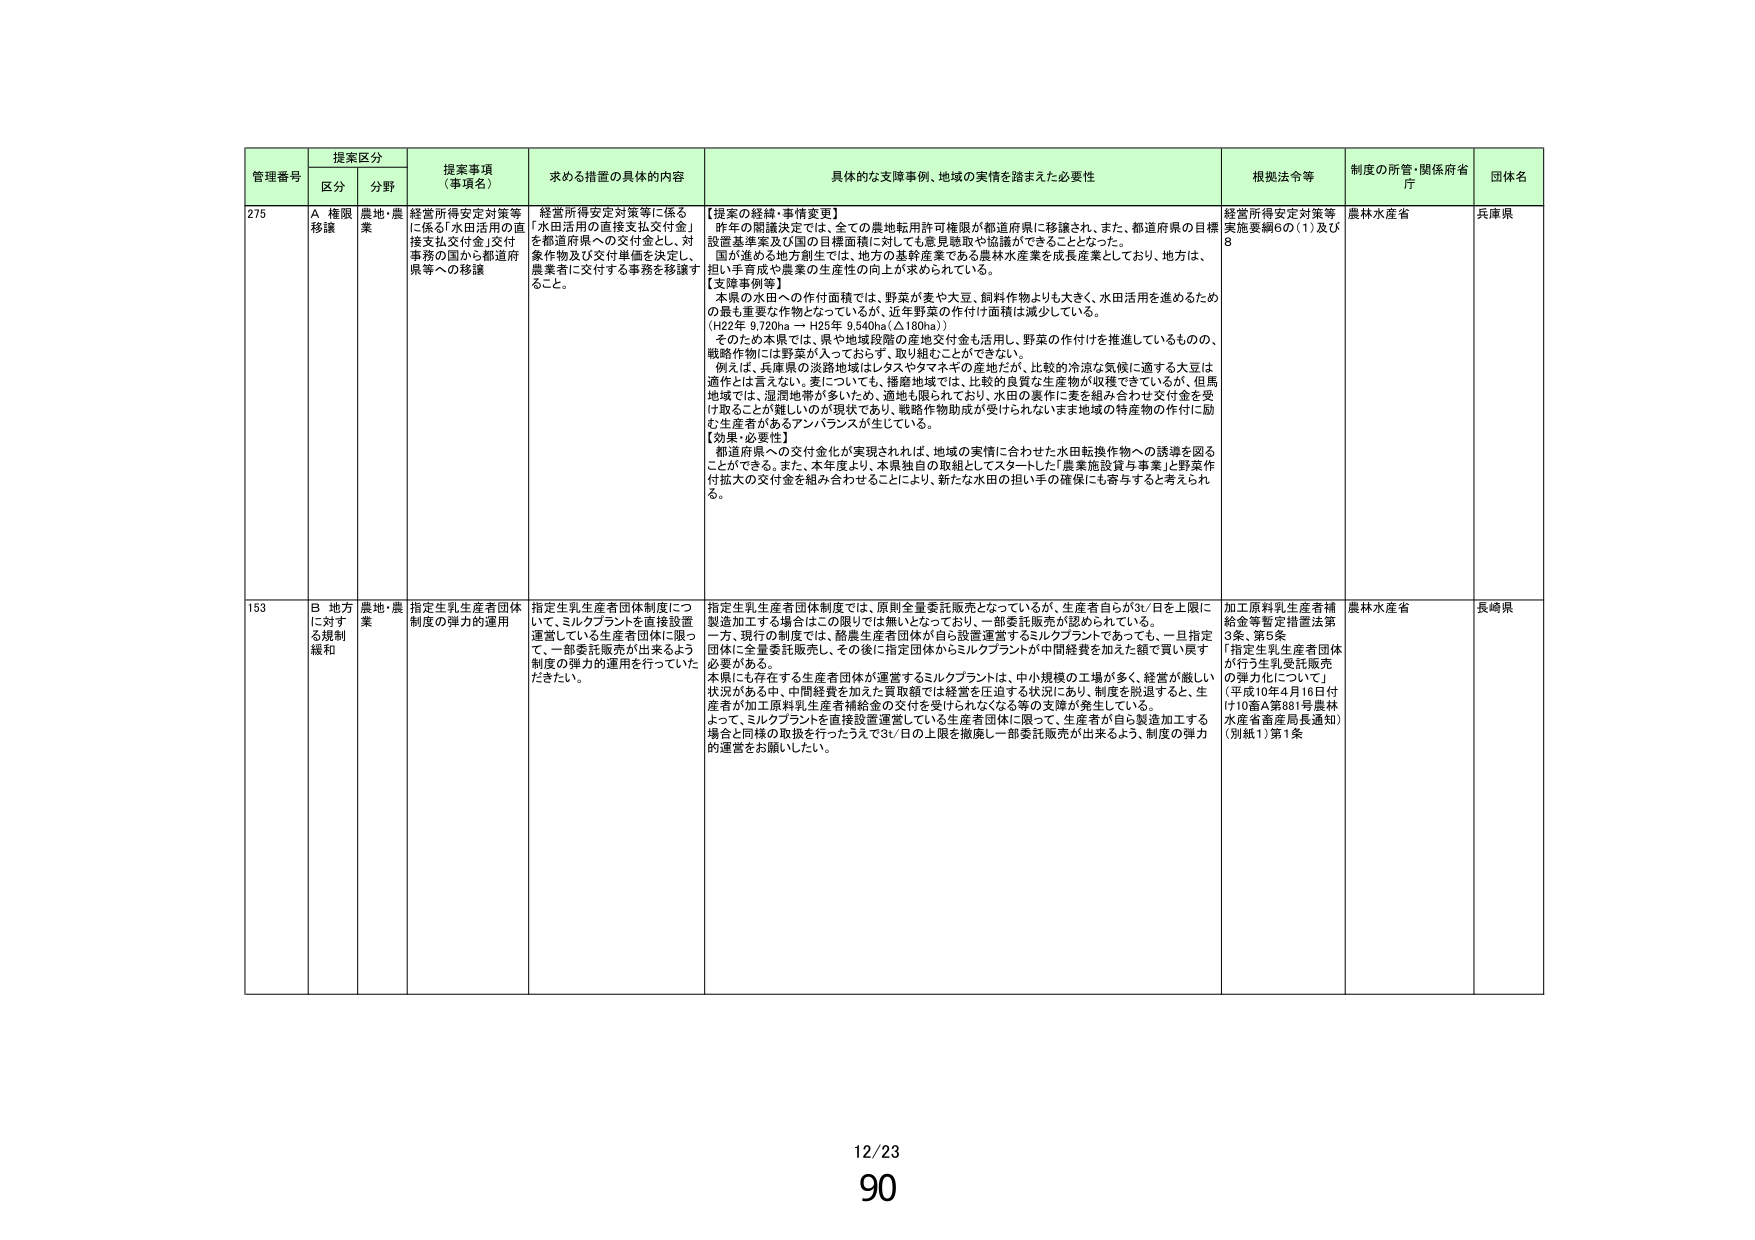
管理番号 提案区分 提案事項（事項名） 求める措置の具体的内容 具体的な支障事例、地域の実情を踏まえた必要性 根拠法令等 制度の所管・関係府省庁 団体名
区分 分野
275 A 権限移譲 農地・農業 経営所得安定対策等に係る「水田活用の直接支払交付金」を都道府県への交付金とし、対象作物及び交付単価を決定し、農業者に交付する事務を移譲すること。 経営所得安定対策等に係る「水田活用の直接支払交付金」を都道府県への交付金とし、対象作物及び交付単価を決定し、農業者に交付する事務を移譲すること。 【提案の経緯・事情変更】
昨年の閣議決定では、全ての農地転用許可権限が都道府県に移譲され、また、都道府県の目標設置基準案及び国の目標面積に対しても意見聴取や協議ができることとなった。
国が進める地方創生では、地方の基幹産業である農林水産業を成長産業としており、地方は、担い手育成や農業の生産性の向上が求められている。
【支障事例等】
本県の水田への作付面積では、野菜が麦や大豆、飼料作物よりも大きく、水田活用を進めるための最も重要な作物となっているが、近年野菜の作付け面積は減少している。
（H22年 9,720ha → H25年 9,540ha（△180ha））
そのため本県では、県や地域段階の産地交付金も活用し、野菜の作付けを推進しているものの、戦略作物には野菜が入っておらず、取り組むことができない。
例えば、兵庫県の淡路地域はレタスやタマネギの産地だが、比較的冷涼な気候に適する大豆は適作とは言えない。麦についても、播磨地域では、比較的良質な生産物が収穫できているが、但馬地域では、湿潤地帯が多いため、適地も限られており、水田の裏作に麦を組み合わせ交付金を受け取ることが難しいのが現状であり、戦略作物助成が受けられないまま地域の特産物の作付けに励む生産者があるアンバランスが生じている。
【効果・必要性】
都道府県への交付金化が実現されれば、地域の実情に合わせた水田転換作物への誘導を図ることができる。また、本年度より、本県独自の取組としてスタートした「農業施設貸与事業」と野菜作付拡大の交付金を組み合わせることにより、新たな水田の担い手の確保にも寄与すると考えられる。 経営所得安定対策等実施要綱6の（1）及び8 農林水産省 兵庫県
153 B 地方に対する規制緩和 農地・農業 指定生乳生産者団体制度の弾力的運用 指定生乳生産者団体制度について、ミルクプラントを直接設置運営している生産者団体に限って、一部委託販売が出来るよう制度の弾力的運用を行っていただきたい。 指定生乳生産者団体制度では、原則全量委託販売となっているが、生産者自らが3t/日を上限に製造加工する場合はこの限りでは無いとなっており、一部委託販売が認められている。
一方、現行の制度では、畜産生産者団体が自ら設置運営するミルクプラントであっても、一旦指定団体は全量委託販売し、その後に指定団体からミルクプラントが中間経費を加えた額で買い戻す必要がある。
本県にも存在する生産者団体が運営するミルクプラントは、中小規模の工場が多く、経営が厳しい状況がある中、中間経費を加えた買取額では経営を圧迫する状況にあり、制度を脱退すると、生産者が加工原料乳生産者補給金の交付を受けられなくなる等の支障が発生している。
よって、ミルクプラントを直接設置運営している生産者団体に限って、生産者が自ら製造加工する場合と同様の取扱を行ったうえで3t/日の上限を撤廃し一部委託販売が出来るよう、制度の弾力的運営をお願いしたい。 加工原料乳生産者補給金等暫定措置法第3条、第5条
「指定生乳生産者団体が行う生乳受託販売の弾力化について」
（平成10年4月16日付け10畜A第881号農林水産省畜産局長通知）
（別紙1）第1条 農林水産省 長崎県
12/23
90